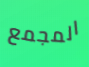
المجمع